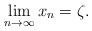
LaTeX: \begin{align*}\lim_{n\to \infty} x_n =\zeta.\end{align*}